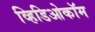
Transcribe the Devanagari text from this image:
व्हिडिओकॉम